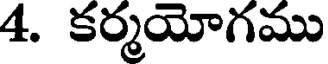
4. కర్మయోగము